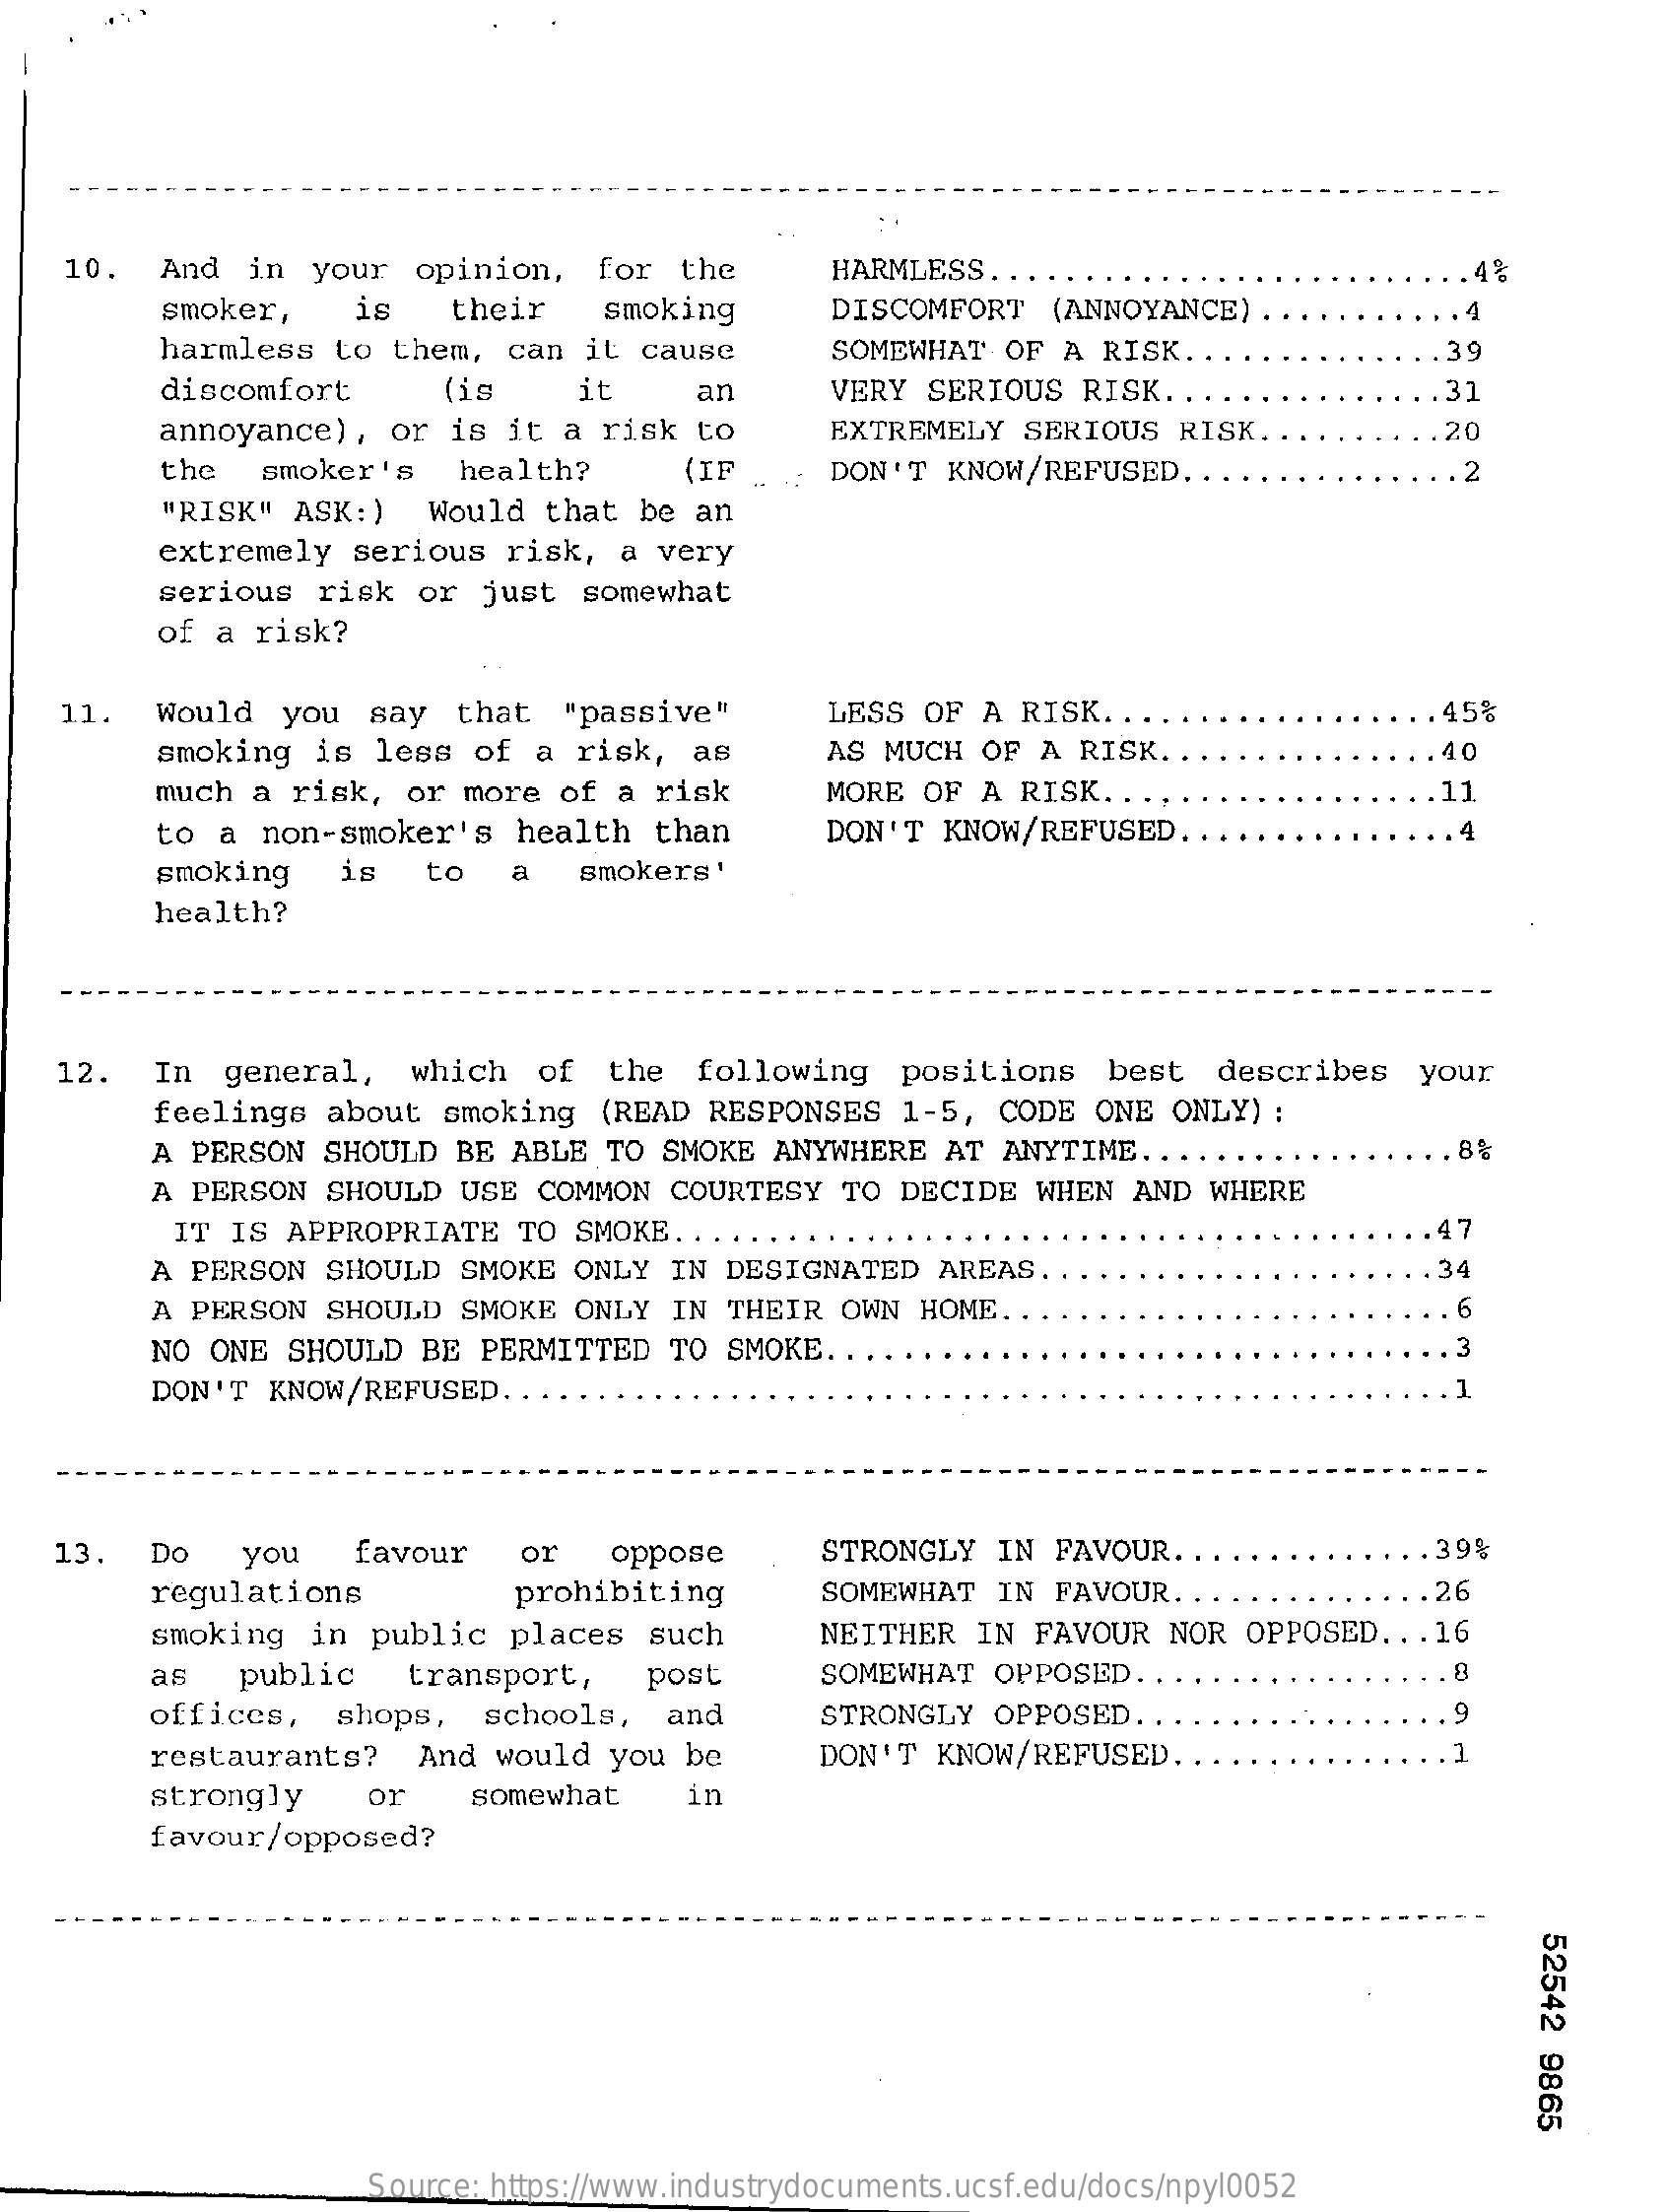
10.  And   in  your  opinion,    for  the    HARMLESS  ....    .4%
     smoker,    is    their    smoking    DISCOMFORT    (ANNOYANCE)  . .    .4
     harmless   to  them,  can  it  cause    SOMEWHAT   OF  A RISK  ...    39
     discomfort    (is    it    an    VERY  SERIOUS   RISK ....    31
     annoyance),    or  is it  a risk  to    EXTREMELY   SERIOUS   RISK.    20
     the   smoker's    health?    (IF    DON'T  KNOW/REFUSED   ...    .2
     "RISK"  ASK: )  Would   that  be an
     extremely   serious   risk,  a  very
     serious   risk   or  just  somewhat
     of a risk?
    11.   Would   you  say   that   "passive"    LESS  OF A  RISK ....    45%
     smoking   is  less  of  a  risk,  as    AS MUCH  OF  A  RISK.    40
     much  a  risk,  or more   of a  risk    MORE  OF  A RISK.  .    11
     to a  non-smoker's    health   than    DON'T  KNOW/REFUSED   ..    .4
     smoking    is   to    a   smokers'
     health?
    12.   In  general,    which   of   the  following    positions    best    describes   your
     feelings   about  smoking   (READ  RESPONSES   1-5,   CODE  ONE  ONLY) :
     A PERSON   SHOULD  BE  ABLE  TO SMOKE  ANYWHERE   AT  ANYTIME  .....    .. 8%
     A PERSON   SHOULD  USE  COMMON   COURTESY   TO DECIDE   WHEN  AND  WHERE
     IT  IS APPROPRIATE    TO  SMOKE ....    47
     A PERSON   SHOULD  SMOKE   ONLY  IN DESIGNATED    AREAS ..    34
     A PERSON   SHOULD  SMOKE   ONLY  IN THEIR   OWN  HOME.    6
     NO ONE  SHOULD   BE PERMITTED    TO SMOKE.
     DON'T  KNOW/REFUSED   ...
    13.   DO    you    favour    or    oppose    STRONGLY   IN FAVOUR  ...    .39%
     regulations    prohibiting    SOMEWHAT   IN  FAVOUR  ....    . . . 26
     smoking   in  public  places   such    NEITHER   IN  FAVOUR   NOR OPPOSED.  .. 16
     as   public    transport,    post    SOMEWHAT  OPPOSED   ...    .8
     offices,   shops,    schools,   and    STRONGLY   OPPOSED  ...    . 9
     restaurants?    And  would  you  be    DON'T   KNOW/REFUSED   ..
     strongly    or    somewhat    in
     favour/opposed?
     52542
     9865
     Source: https://www.industrydocuments.ucsf.edu/docs/npyl0052